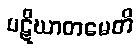
ပဋိဃာတမေတိ